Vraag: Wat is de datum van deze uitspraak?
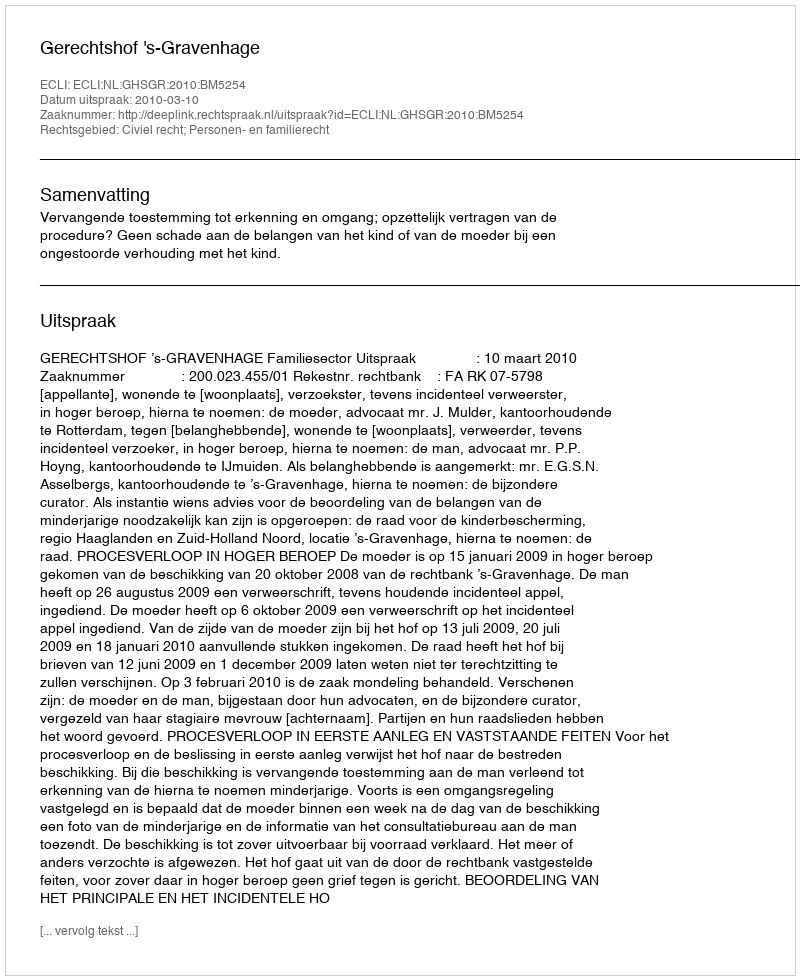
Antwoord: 2010-03-10